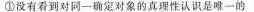
①没有看到对同一确定对象的真理性认识是唯一的